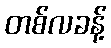
တစ်လခန့်